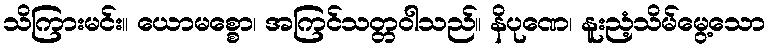
သိကြားမင်း။ ယောမစ္စော၊ အကြင်သတ္တဝါသည်။ နိပုဏေ၊ နူးညံ့သိမ်မွေ့သော